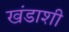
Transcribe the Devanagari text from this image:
खंडाशी